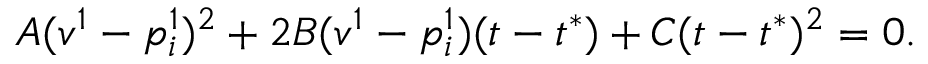
A ( v ^ { 1 } - p _ { i } ^ { 1 } ) ^ { 2 } + 2 B ( v ^ { 1 } - p _ { i } ^ { 1 } ) ( t - t ^ { * } ) + C ( t - t ^ { * } ) ^ { 2 } = 0 .